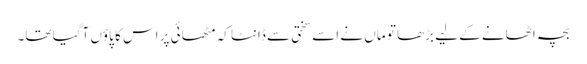
بچہ اٹھانے کے لیے بڑھا تو ماں نے اسے سختی سے ڈانٹا کہ مٹھائی پر اس کا پاؤں آگیا تھا۔